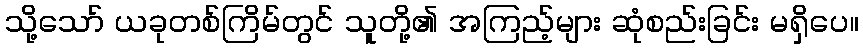
သို့သော် ယခုတစ်ကြိမ်တွင် သူတို့၏ အကြည့်များ ဆုံစည်းခြင်း မရှိပေ။